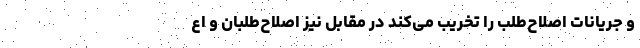
و جریانات اصلاح‌طلب را تخریب می‌کند در مقابل نیز اصلاح‌طلبان و اع